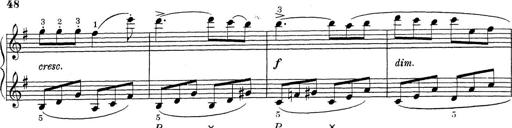
Title: ÄŒeskÃ© Sonatiny
Composer: Various